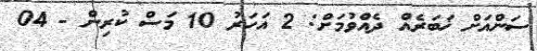
ސަންއަށް ޚަބަރެއް ދެއްވުމަށް: 2 އަހަރު 10 މަސް ކުރިން - 04